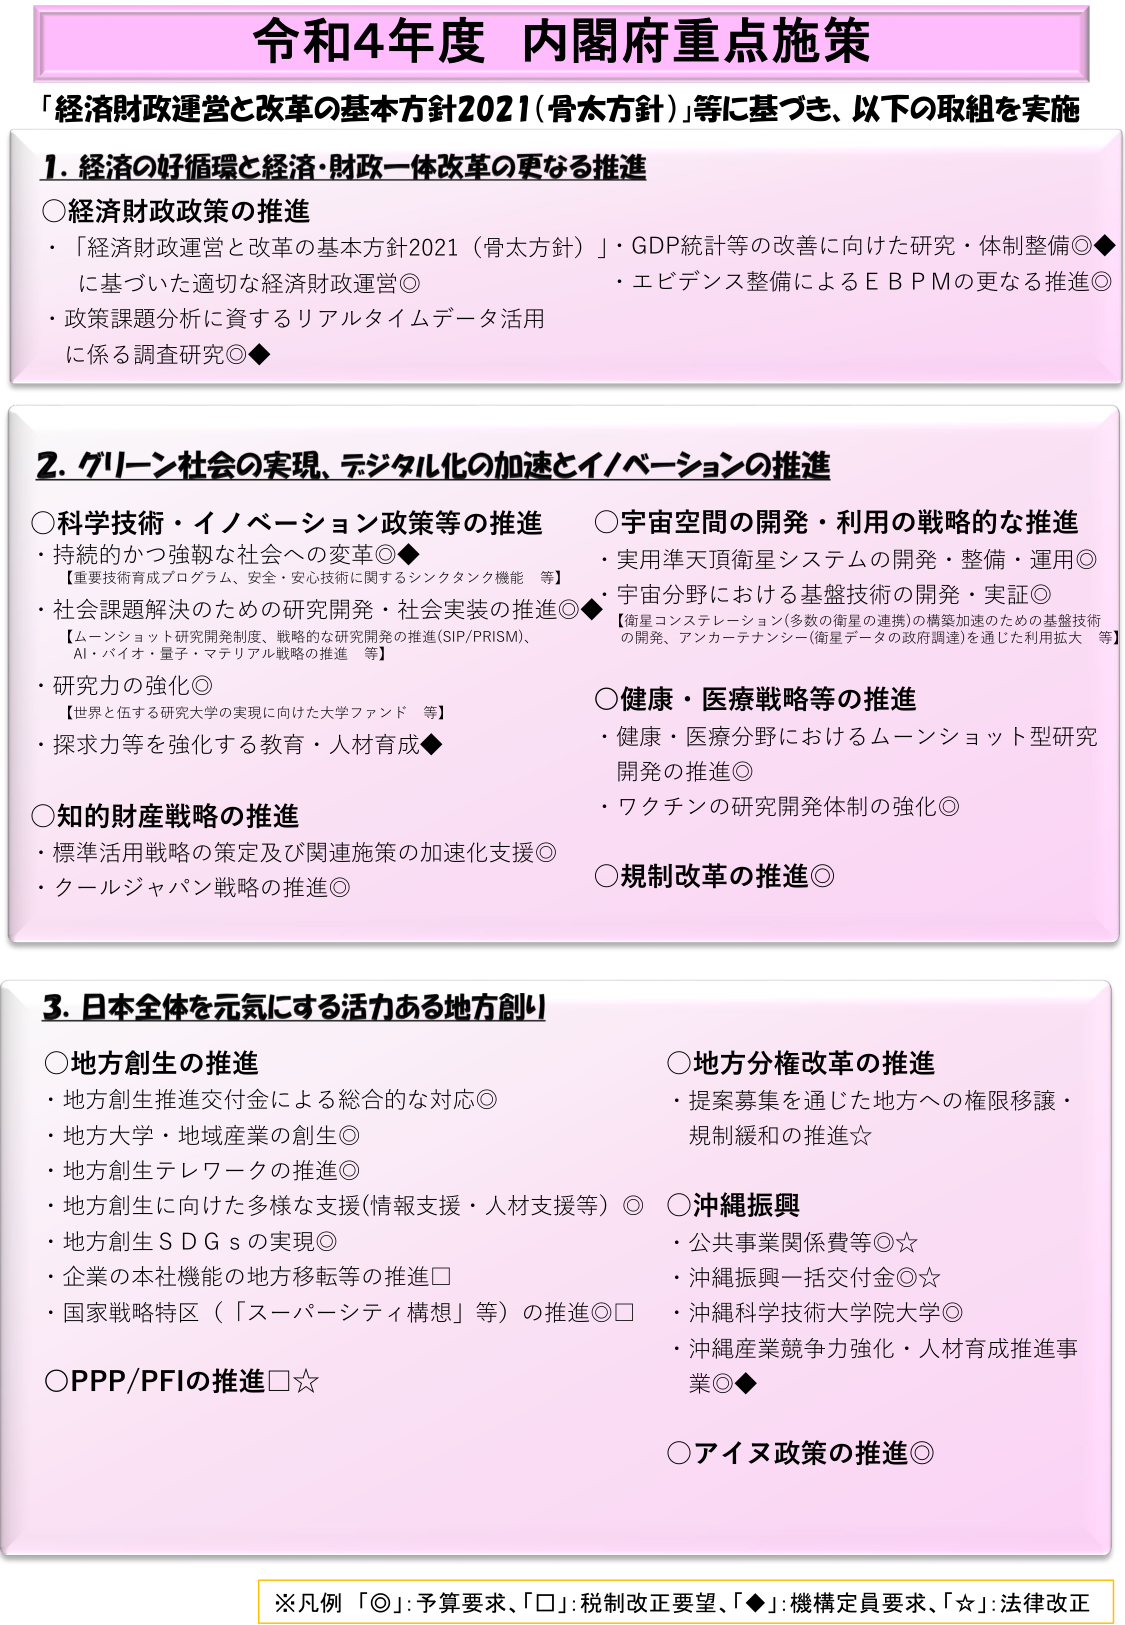
令和4年度 内閣府重点施策

「経済財政運営と改革の基本方針2021（骨太方針）」等に基づき、以下の取組を実施

1. 経済の好循環と経済・財政一体改革の更なる推進
○経済財政政策の推進
・「経済財政運営と改革の基本方針2021（骨太方針）」・GDP統計等の改善に向けた研究・体制整備◎◆
に基づいた適切な経済財政運営◎
・エビデンス整備によるＥＢＰＭの更なる推進◎
・政策課題分析に資するリアルタイムデータ活用
に係る調査研究◎◆

2. グリーン社会の実現、デジタル化の加速とイノベーションの推進
○科学技術・イノベーション政策等の推進
・持続的かつ強靭な社会への変革◎◆
【重要技術育成プログラム、安全・安心技術に関するシンクタンク機能 等】
・社会課題解決のための研究開発・社会実装の推進◎◆
【ムーンショット研究開発制度、戦略的な研究開発の推進(SIP/PRISM)、
AI・バイオ・量子・マテリアル戦略の推進 等】
・研究力の強化◎
【世界と伍する研究大学の実現に向けた大学ファンド 等】
・探求力等を強化する教育・人材育成◆
○知的財産戦略の推進
・標準活用戦略の策定及び関連施策の加速化支援◎
・クールジャパン戦略の推進◎
○宇宙空間の開発・利用の戦略的な推進
・実用準天頂衛星システムの開発・整備・運用◎
・宇宙分野における基盤技術の開発・実証◎
【衛星コンステレーション(多数の衛星の連携)の構築加速のための基盤技術
の開発、アンカーテナンシー(衛星データの政府調達)を通じた利用拡大 等】
○健康・医療戦略等の推進
・健康・医療分野におけるムーンショット型研究
開発の推進◎
・ワクチンの研究開発体制の強化◎
○規制改革の推進◎

3. 日本全体を元気にする活力ある地方創り
○地方創生の推進
・地方創生推進交付金による総合的な対応◎
・地方大学・地域産業の創生◎
・地方創生テレワークの推進◎
・地方創生に向けた多様な支援(情報支援・人材支援等)◎
・地方創生ＳＤＧｓの実現◎
・企業の本社機能の地方移転等の推進□
・国家戦略特区（「スーパーシティ構想」等）の推進◎□
○PPP/PFIの推進□☆
○地方分権改革の推進
・提案募集を通じた地方への権限移譲・
規制緩和の推進☆
○沖縄振興
・公共事業関係費等◎☆
・沖縄振興一括交付金◎☆
・沖縄科学技術大学院大学◎
・沖縄産業競争力強化・人材育成推進事業◎◆
○アイヌ政策の推進◎

※凡例 「◎」:予算要求、「□」:税制改正要望、「◆」:機構定員要求、「☆」:法律改正